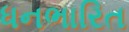
ધનભારિત